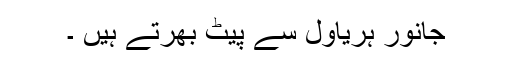
جانور ہریاول سے پیٹ بھرتے ہیں ۔